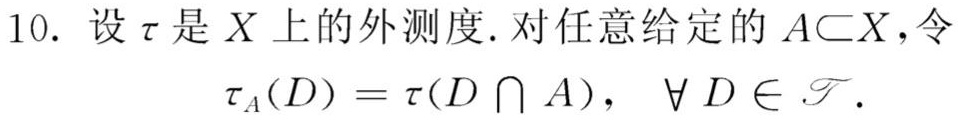
10. 设$\tau$是$X$上的外测度. 对任意给定的$A\subset X$, 令
\[
\tau_A(D)=\tau(D\cap A),\quad \forall D\in\mathscr{T}.
\]